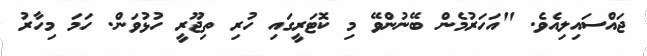
ޖައްސައިލިއެވެ. "އަހަރުމެން ބޭނުންވޭ މި ކޮޓަރީގައި ހުރި ތިޖޫރީ ހުޅުވަން. ހަމަ މިހާރު